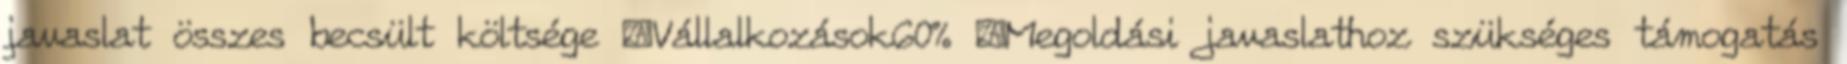
javaslat összes becsült költsége ▪Vállalkozások60% ▪Megoldási javaslathoz szükséges támogatás